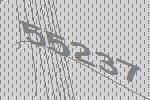
55237